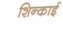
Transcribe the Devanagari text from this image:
शिन्काई